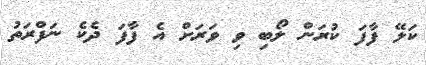
ކަލޭ ފާފަ ކުރަން ލޯބި ވި ވަރަށް އެ ފާފަ ދެކެ ނަފްރަތު